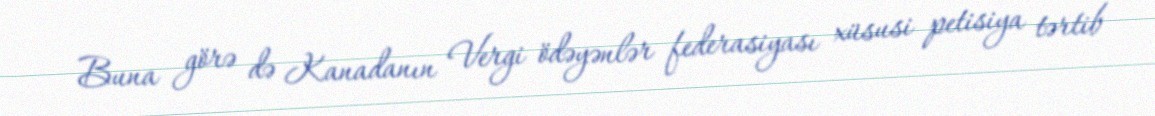
Buna görə də Kanadanın Vergi ödəyənlər federasiyası xüsusi petisiya tərtib